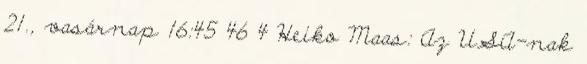
21., vasárnap 16:45 46 4 Heiko Maas: Az USA-nak